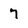
Character: 7